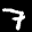
Label: 7